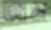
আম